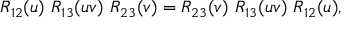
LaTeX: R _ { 1 2 } ( u ) \ R _ { 1 3 } ( u v ) \ R _ { 2 3 } ( v ) = R _ { 2 3 } ( v ) \ R _ { 1 3 } ( u v ) \ R _ { 1 2 } ( u ) ,